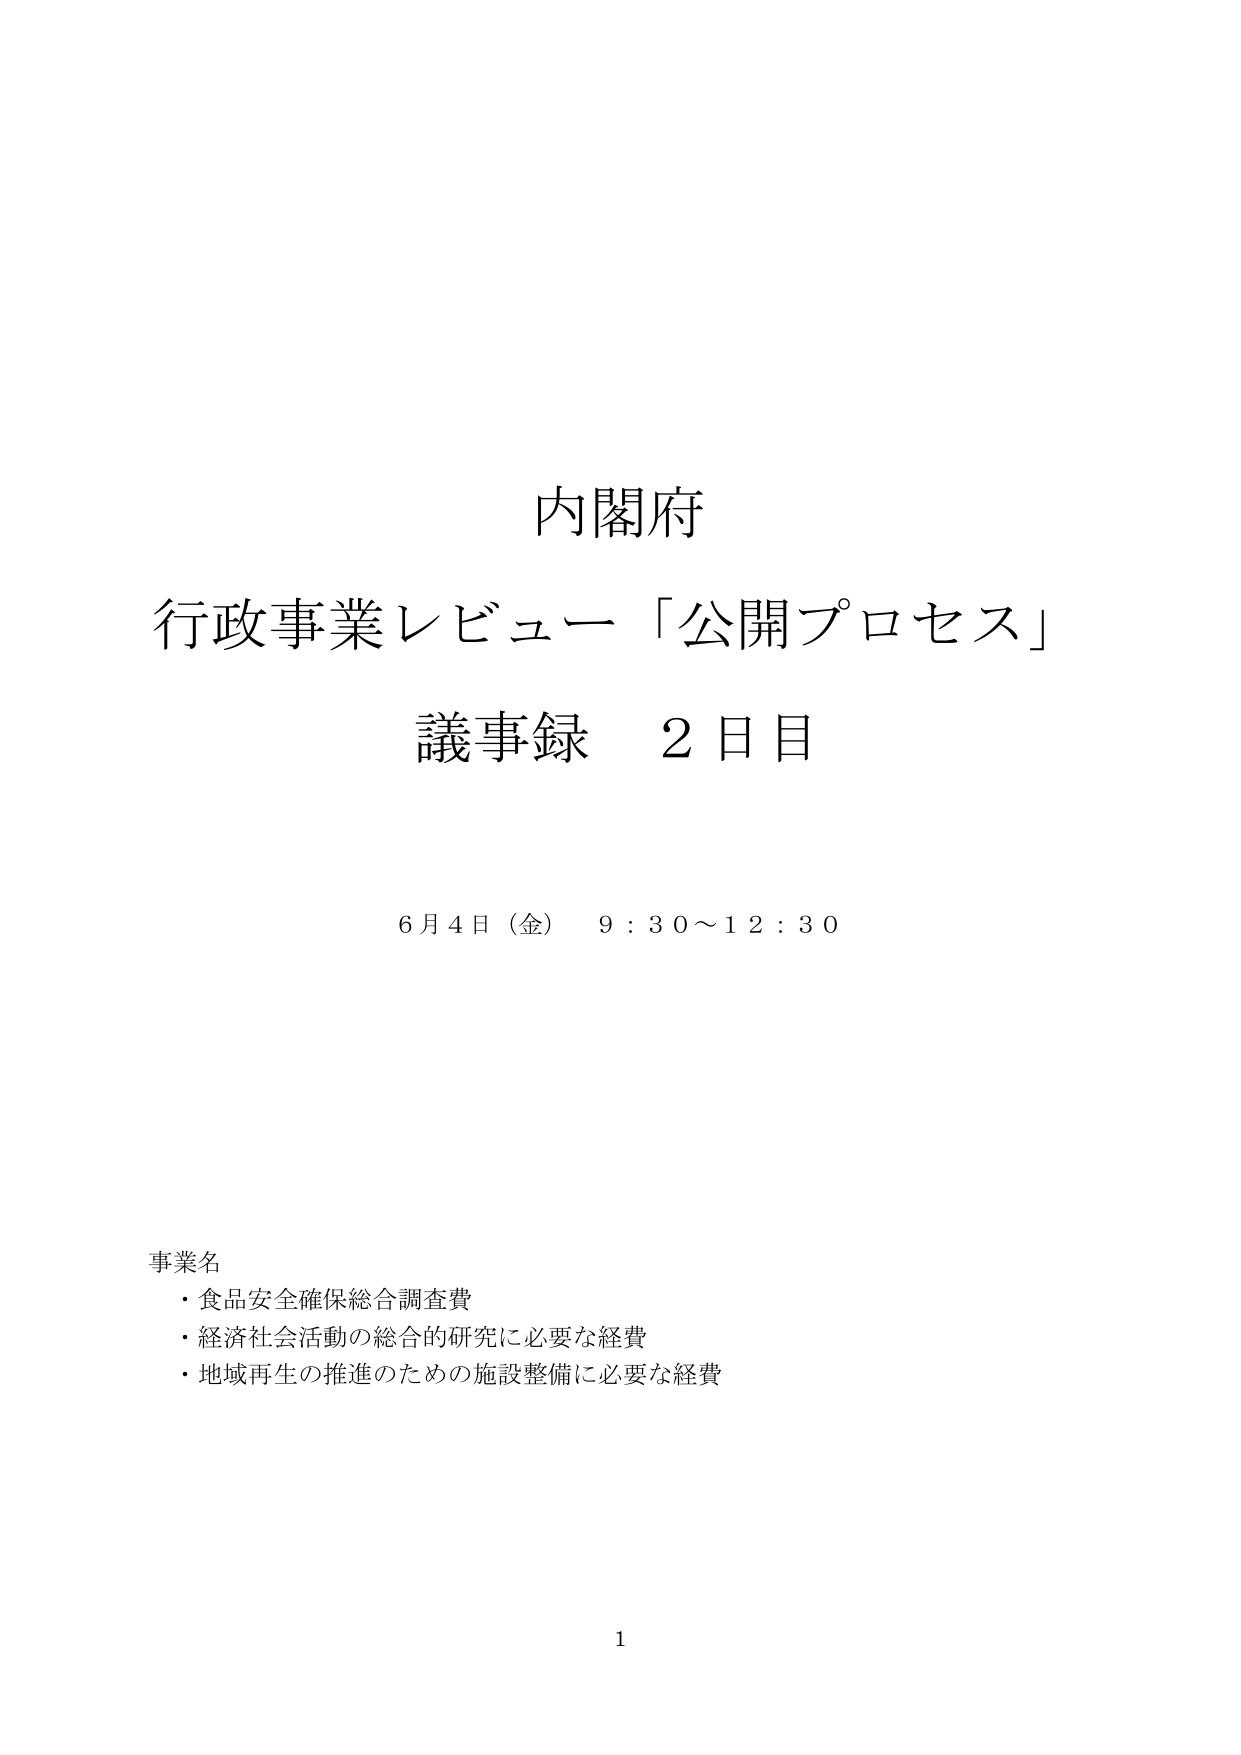
内閣府
行政事業レビュー「公開プロセス」
議事録 2日目

6月4日（金） 9：30～12：30

事業名
・食品安全確保総合調査費
・経済社会活動の総合的研究に必要な経費
・地域再生の推進のための施設整備に必要な経費

1